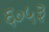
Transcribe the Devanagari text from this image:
६०५३